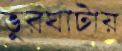
ভুরঘাটায়